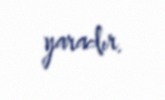
yaradır.